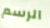
الرسم